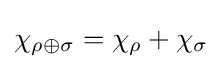
\chi _{\rho \oplus \sigma }=\chi _{\rho }+\chi _{\sigma }